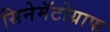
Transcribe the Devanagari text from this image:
सिनेमॅटोग्राफ